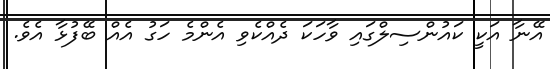
އޭނާ އަކީ ކައުންސިލްގައި ވާހަކަ ދެއްކެވި އެންމެ ހަގު އެއް ބޭފުޅާ އެވެ.